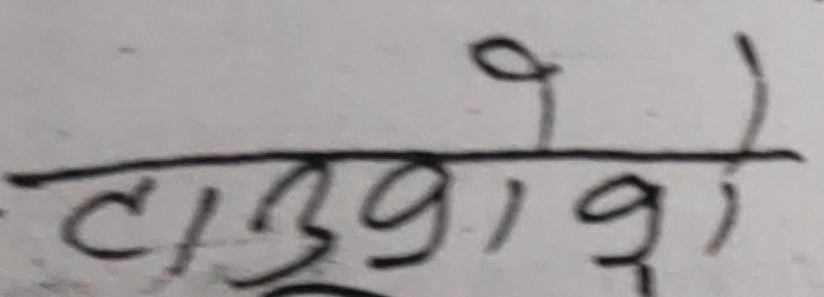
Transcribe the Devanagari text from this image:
टाउकोको